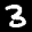
Label: 3